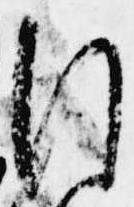
行